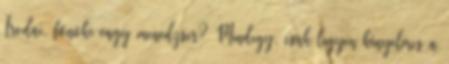
Irodai, főnöki vagy menedzser? Mindegy, csak legyen kényelmes a